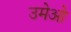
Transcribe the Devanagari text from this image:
उमेओ